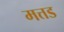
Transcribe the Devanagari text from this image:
मत्तड